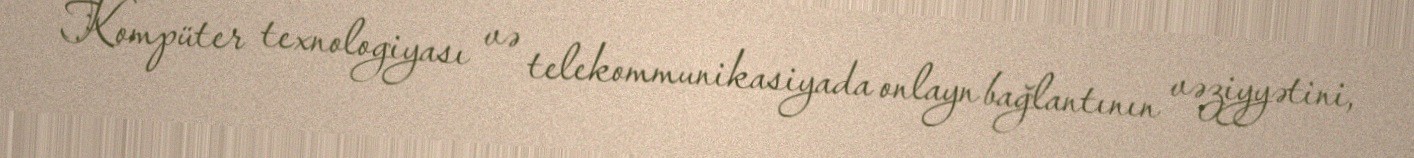
Kompüter texnologiyası və telekommunikasiyada onlayn bağlantının vəziyyətini,